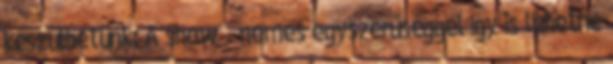
készülhetünk: A show - nemes egyszerűséggel így is lehetne